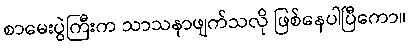
စာမေးပွဲကြီးက သာသနာဖျက်သလို ဖြစ်နေပါပြီကော။